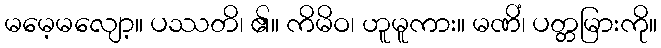
မမေ့မလျော့။ ပဿတိ၊ ၏။ ကိမိဝ၊ ဟူမူကား။ မဏိံ၊ ပတ္တမြားကို။